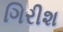
ગિરીશ